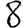
Digit: 8